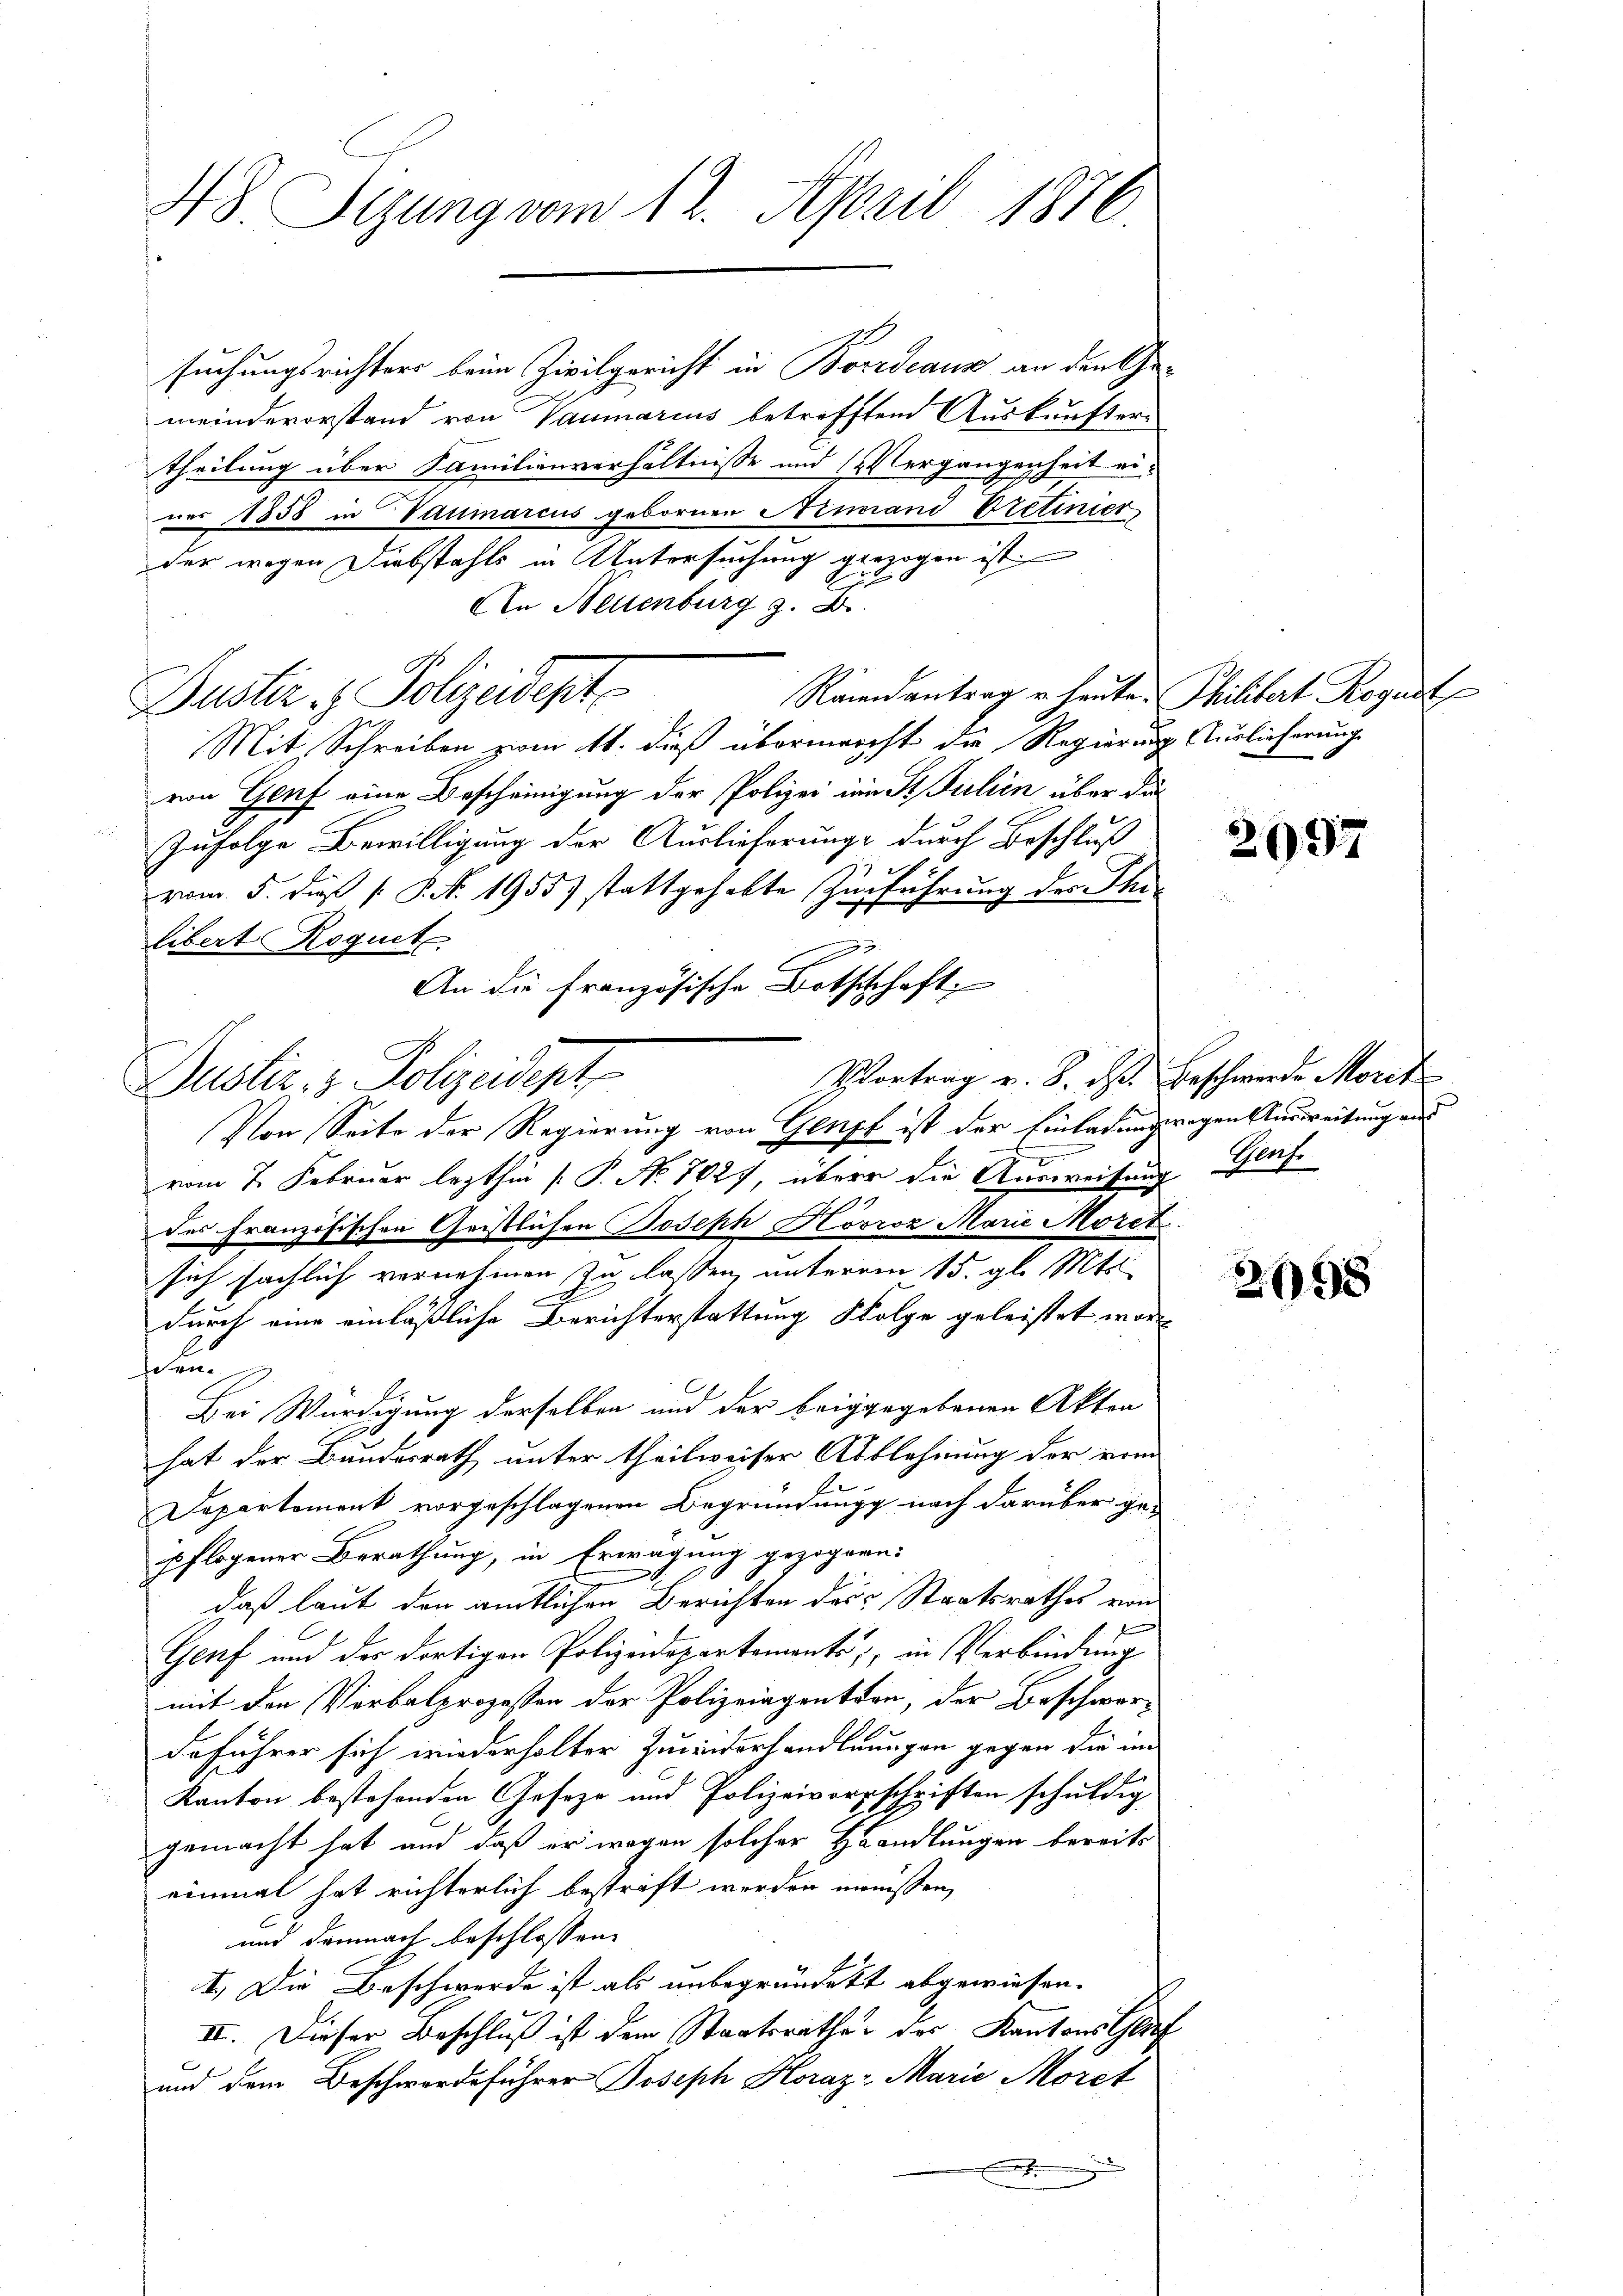
48 Tizung vom 12. April 1876

Duster. v. Polizeidigt
Von Seite der Regierung von Genf ist der Einladungegen Ausreitung au

suchungsrichters beim Zivilgericht in Borrdeaux an den Gemeindevorstand von Vaumarius betrefften Auskunftertheilung über Familienverhältnisse und Vergangenheit einer 1858 in Taumarcus gebornen Ninand Pretinier
der wegen Diebstahls in Untersuchung gezogen ist.
An Heisenburg z. B.
Rönnantrag u. heute.
Puster. Polizeidente
Mit Schreiben vom 11. dieß übermercht die Regierung Auslieferung
von Genf eine Bescheinigung der Polizei im Stulien über das
Zufolge Bewilligung der Auslieferungs durch Beschluß
vom 5. daß P. N. 1955) stattgehabte Zurführung der Ihr
libert Roguet
An die Französische Botschaft,
vom 7. Februar lezthin [P. No 1027, über die Ausweisung Genf
des Französischen Geistlichen Joseph Hovroz Marie Morit
sich sächlich vernehmen zu lassen, unterem 15. gl. Mts.
durch eine einläßliche Berichterstattung Folge geleistet wore
Bei Würdigung derselben und der beiggegebenen Akten
hat der Bundesrath unter theilweiser Abblehnung der vom
Departement vorgeschlagenen Begründung nach darüber ge-
pflogener Berathung, in Erwägung gezogen:
daß laut den amtlichen Berichten des Staatsrathes von
Genf und der dortigen Polizeidepartements, in Verbindung
mit den Verbalprozessen der Polizeigention, der Beschwerdeführer sich wiederholter Zuwiderhandlungen gegen die in
Kanton bestehenden Geseze und Polizeivorschriften schuldig
gemacht hat und daß er wegen solcher Handlungen bereits
einmal hat richterlich bestraft werden manisten,
und demnach beschlossen:
1.) Die Beschwerde ist als unbegründet abgewiesen.
II. Dieser Beschluß ist dem Staatsrathes des Kantons Gla
und dem Beschwerdeführer Joseph Horaz- Marie Moret
E

Philitert Roguit

2097

Vortrag v. 8. d. Beschwerde Morit

28